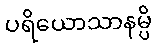
ပရိယောသာနမ္ပိ